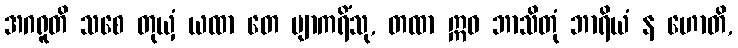
အဂရူတိ သစေ တုယှံ ယထာ တေ ဗျာကရိံသု, တထာ ဣဓ ဘာသိတုံ ဘာရိယံ န ဟောတိ,